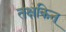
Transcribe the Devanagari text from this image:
तक्षकिन्